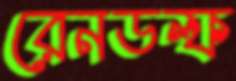
রেনডল্ফ